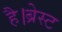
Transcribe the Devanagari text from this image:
है।ब्रेस्ट